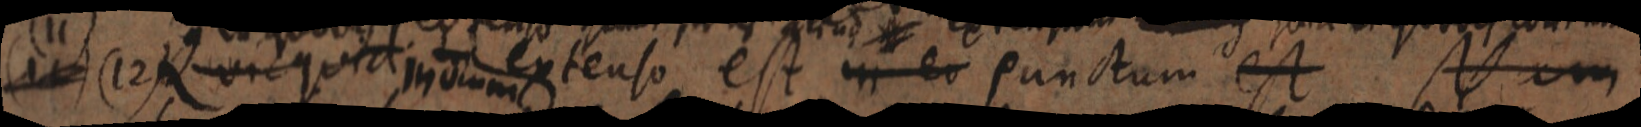
(11) (12) Quicquid extenso est in eo punctum est Nam